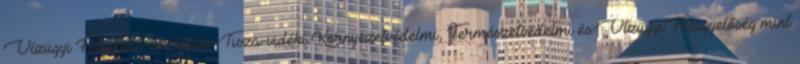
Vízügyi Felügyelőség Közép-Tisza-vidéki Környezetvédelmi, Természetvédelmi és Vízügyi Felügyelőség mint